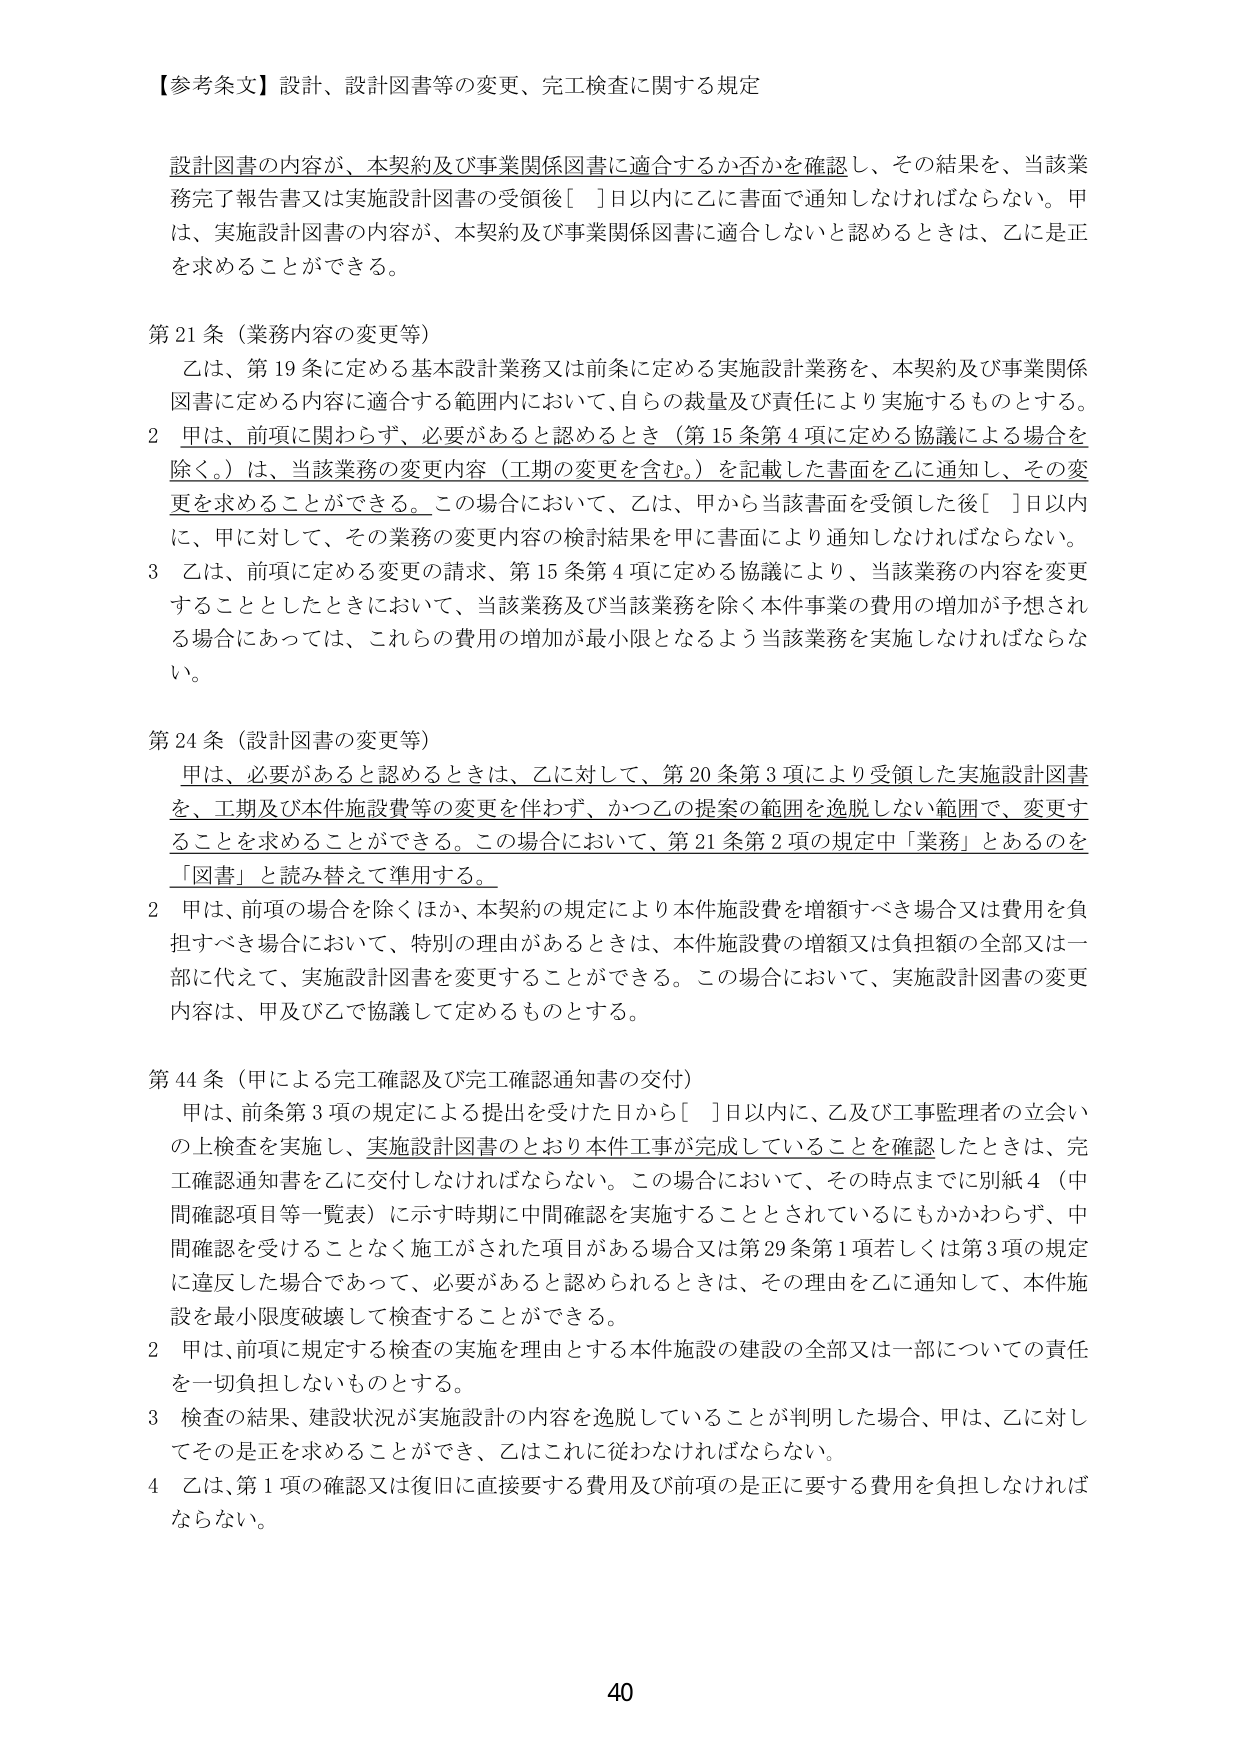
【参考条文】設計、設計図書等の変更、完工検査に関する規定

設計図書の内容が、本契約及び事業関係図書に適合するか否かを確認し、その結果を、当該業務完了報告書又は実施設計図書の受領後[ ]日以内に乙に書面で通知しなければならない。甲は、実施設計図書の内容が、本契約及び事業関係図書に適合しないと認めるときは、乙には正を求めることが出来る。

第21条（業務内容の変更等）
乙は、第19条に定める基本設計業務又は前条に定める実施設計業務を、本契約及び事業関係図書に定める内容に適合する範囲内において、自らの裁量及び責任により実施するものとする。
2 甲は、前項に関わらず、必要があると認めるとき（第15条第4項に定める協議による場合を除く。）は、当該業務の変更内容（工期の変更を含む。）を記載した書面を乙に通知し、その変更を求めることができる。この場合において、乙は、甲から当該書面を受領した後[ ]日以内に、甲に対して、その業務の変更内容の検討結果を甲に書面により通知しなければならない。
3 乙は、前項に定める変更の請求、第15条第4項に定める協議により、当該業務の内容を変更することとしたときにおいて、当該業務及び当該業務を除く本件事業の費用の増加が予想される場合にあっては、これらの費用の増加が最小限となるよう当該業務を実施しなければならない。

第24条（設計図書の変更等）
甲は、必要があると認めるときは、乙に対して、第20条第3項により受領した実施設計図書を、工期及び本件施設費等の変更を伴わず、かつ乙の提案の範囲を逸脱しない範囲で、変更することを求めることができる。この場合において、第21条第2項の規定中「業務」とあるのを「図書」と読み替えて準用する。
2 甲は、前項の場合を除くほか、本契約の規定により本件施設費を増額すべき場合又は費用を負担すべき場合において、特別の理由があるときは、本件施設費の増額又は負担額の全部又は一部に代えて、実施設計図書を変更することができる。この場合において、実施設計図書の変更内容は、甲及び乙で協議して定めるものとする。

第44条（甲による完工確認及び完工確認通知書の交付）
甲は、前条第3項の規定による提出を受けた日から[ ]日以内に、乙及び工事監理者の立会いの上検査を実施し、実施設計図書のとおり本件工事が完成していることを確認したときは、完工確認通知書を乙に交付しなければならない。この場合において、その時点までに別紙4（中間確認項目等一覧表）に示す時期に中間確認を実施することとされているにもかかわらず、中間確認を受けることなく施工がされた項目がある場合又は第29条第1項若しくは第3項の規定に違反した場合であって、必要があると認められるときは、その理由を乙に通知して、本件施設を最小限度破壊して検査することができる。
2 甲は、前項に規定する検査の実施を理由とする本件施設の建設の全部又は一部についての責任を一切負担しないものとする。
3 検査の結果、建設状況が実施設計の内容を逸脱していることが判明した場合、甲は、乙に対してその是正を求めることができ、乙はこれに従わなければならない。
4 乙は、第1項の確認又は復旧に直接要する費用及び前項の是正に要する費用を負担しなければならない。

40